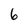
Character: 6